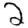
Digit: 2